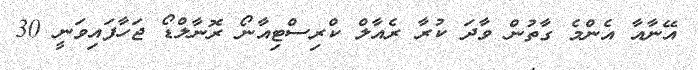
އޭނާއާ އެންމެ ގާތުން ވާދަ ކުރާ ރެއާލް ކްރިސްޓިއާނޯ ރޮނާލްޑޯ ޖަހާފައިވަނީ 30